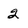
Character: 2